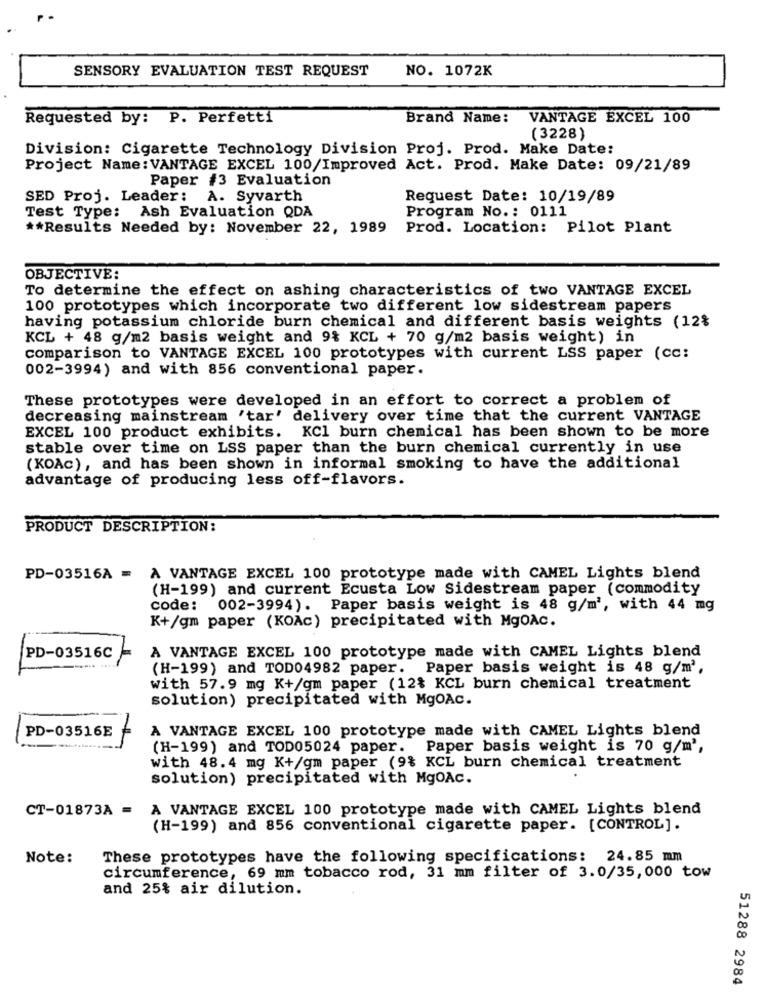
SENSORY EVALUATION TEST REQUEST
NO. 1072K
Requested by: P. Perfetti
Brand Name: VANTAGE EXCEL 100
(3228)
Division: Cigarette Technology Division Proj. Prod. Make Date:
Project Name: VANTAGE EXCEL 100/Improved Act. Prod. Make Date: 09/21/89
Paper #3 Evaluation
SED Proj. Leader: A. Syvarth
Request Date: 10/19/89
Test Type: Ash Evaluation QDA
Program No .: 0111
** Results Needed by: November 22, 1989
Prod. Location: Pilot Plant
OBJECTIVE:
To determine the effect on ashing characteristics of two VANTAGE EXCEL
100 prototypes which incorporate two different low sidestream papers
having potassium chloride burn chemical and different basis weights (12%
KCL + 48 g/m2 basis weight and 9% KCL + 70 g/m2 basis weight) in
comparison to VANTAGE EXCEL 100 prototypes with current LSS paper (cc:
002-3994) and with 856 conventional paper.
These prototypes were developed in an effort to correct a problem of
decreasing mainstream 'tar' delivery over time that the current VANTAGE
EXCEL 100 product exhibits. KCl burn chemical has been shown to be more
stable over time on LSS paper than the burn chemical currently in use
(KOAc), and has been shown in informal smoking to have the additional
advantage of producing less off-flavors.
PRODUCT DESCRIPTION:
PD-03516A = A VANTAGE EXCEL 100 prototype made with CAMEL Lights blend
(H-199) and current Ecusta Low Sidestream paper (commodity
code: 002-3994). Paper basis weight is 48 g/m', with 44 mg
K+/gm paper (KOAc) precipitated with MgOAC.
PD-03516C
A VANTAGE EXCEL 100 prototype made with CAMEL Lights blend
(H-199) and TOD04982 paper. Paper basis weight is 48 g/m',
with 57.9 mg K+/gm paper (12% KCL burn chemical treatment
solution) precipitated with MgOAc.
PD-03516E
A VANTAGE EXCEL 100 prototype made with CAMEL Lights blend
(H-199) and TOD05024 paper. Paper basis weight is 70 g/m',
with 48.4 mg K+/gm paper (9% KCL burn chemical treatment
solution) precipitated with MgOAc.
CT-01873A = A VANTAGE EXCEL 100 prototype made with CAMEL Lights blend
(H-199) and 856 conventional cigarette paper. [CONTROL].
Note:
These prototypes have the following specifications: 24.85 mm
circumference, 69 mm tobacco rod, 31 mm filter of 3.0/35,000 tow
and 25% air dilution.
51288 2984